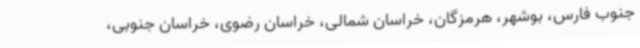
جنوب فارس، بوشهر، هرمزگان، خراسان شمالی، خراسان رضوی، خراسان جنوبی،